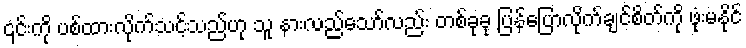
၎င်းကို ပစ်ထားလိုက်သင့်သည်ဟု သူ နားလည်သော်လည်း တစ်ခုခု ပြန်ပြောလိုက်ချင်စိတ်ကို ဖုံးမနိုင်